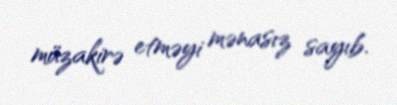
müzakirə etməyi mənasız sayıb.